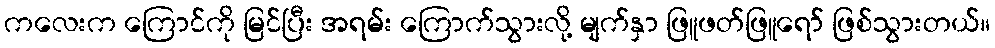
ကလေးက ကြောင်ကို မြင်ပြီး အရမ်း ကြောက်သွားလို့ မျက်နှာ ဖြူဖတ်ဖြူရော် ဖြစ်သွားတယ်။